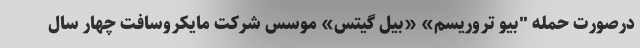
درصورت حمله "بیو تروریسم» «بیل گیتس» موسس شرکت مایکروسافت چهار سال